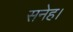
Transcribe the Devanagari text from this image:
सनेह।